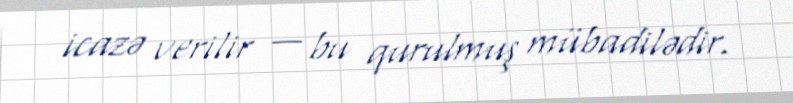
icazə verilir — bu qurulmuş mübadilədir.